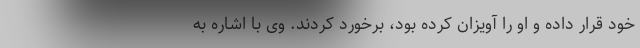
خود قرار داده و او را آویزان کرده بود، برخورد کردند. وی با اشاره به